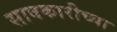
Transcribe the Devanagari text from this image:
सावकारीच्या